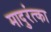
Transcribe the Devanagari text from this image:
मादुरंत्का